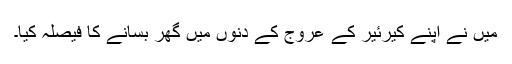
میں نے اپنے کیرئیر کے عروج کے دنوں میں گھر بسانے کا فیصلہ کیا۔